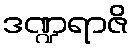
ဒဏ္ဍရာဇိ